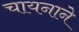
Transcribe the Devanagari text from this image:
चायनाने